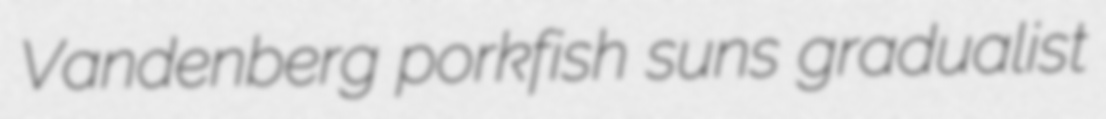
Vandenberg porkfish suns gradualist